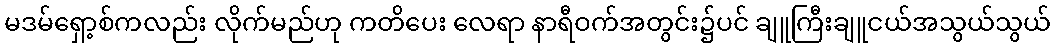
မဒမ်ရှော့စ်ကလည်း လိုက်မည်ဟု ကတိပေး လေရာ နာရီဝက်အတွင်း၌ပင် ချူကြီးချူငယ်အသွယ်သွယ်